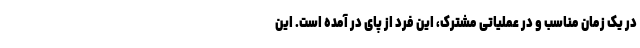
در یک زمان مناسب و در عملیاتی مشترک، این فرد از پای در آمده است. این